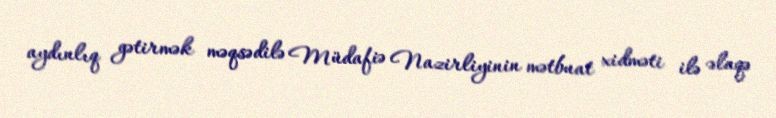
aydınlıq gətirmək məqsədilə Müdafiə Nazirliyinin mətbuat xidməti ilə əlaqə